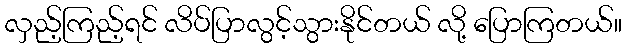
လှည့်ကြည့်ရင် လိပ်ပြာလွင့်သွားနိုင်တယ် လို့ ပြောကြတယ်။